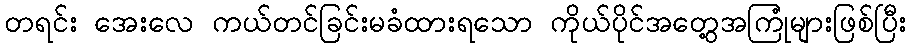
တရင်း အေးလေ ကယ်တင်ခြင်းမခံထားရသော ကိုယ်ပိုင်အတွေ့အကြုံများဖြစ်ပြီး